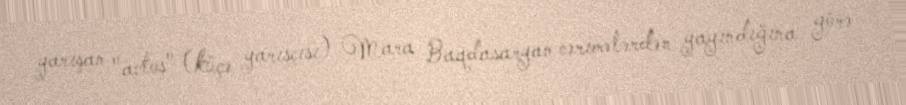
yarışan "avtoş" (küçə yarışçısı) Mara Baqdasaryan cərimələrdən yayındığına görə